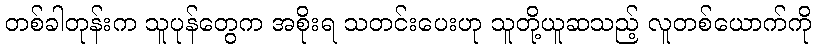
တစ်ခါတုန်းက သူပုန်တွေက အစိုးရ သတင်းပေးဟု သူတို့ယူဆသည့် လူတစ်ယောက်ကို